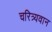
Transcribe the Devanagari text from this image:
चरित्र्यवान